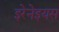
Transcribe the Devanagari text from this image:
इरेनेइयस